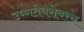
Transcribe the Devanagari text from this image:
उष्णतेबरोबरच